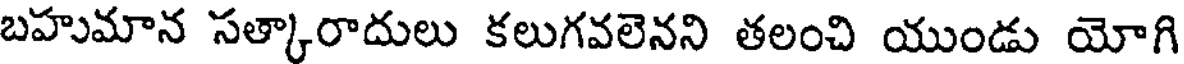
బహుమాన సత్కారాదులు కలుగవలెనని తలంచి యుండు యోగి